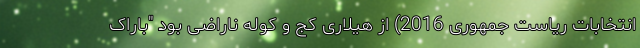
انتخابات ریاست جمهوری 2016) از هیلاری کج و کوله ناراضی بود "باراک